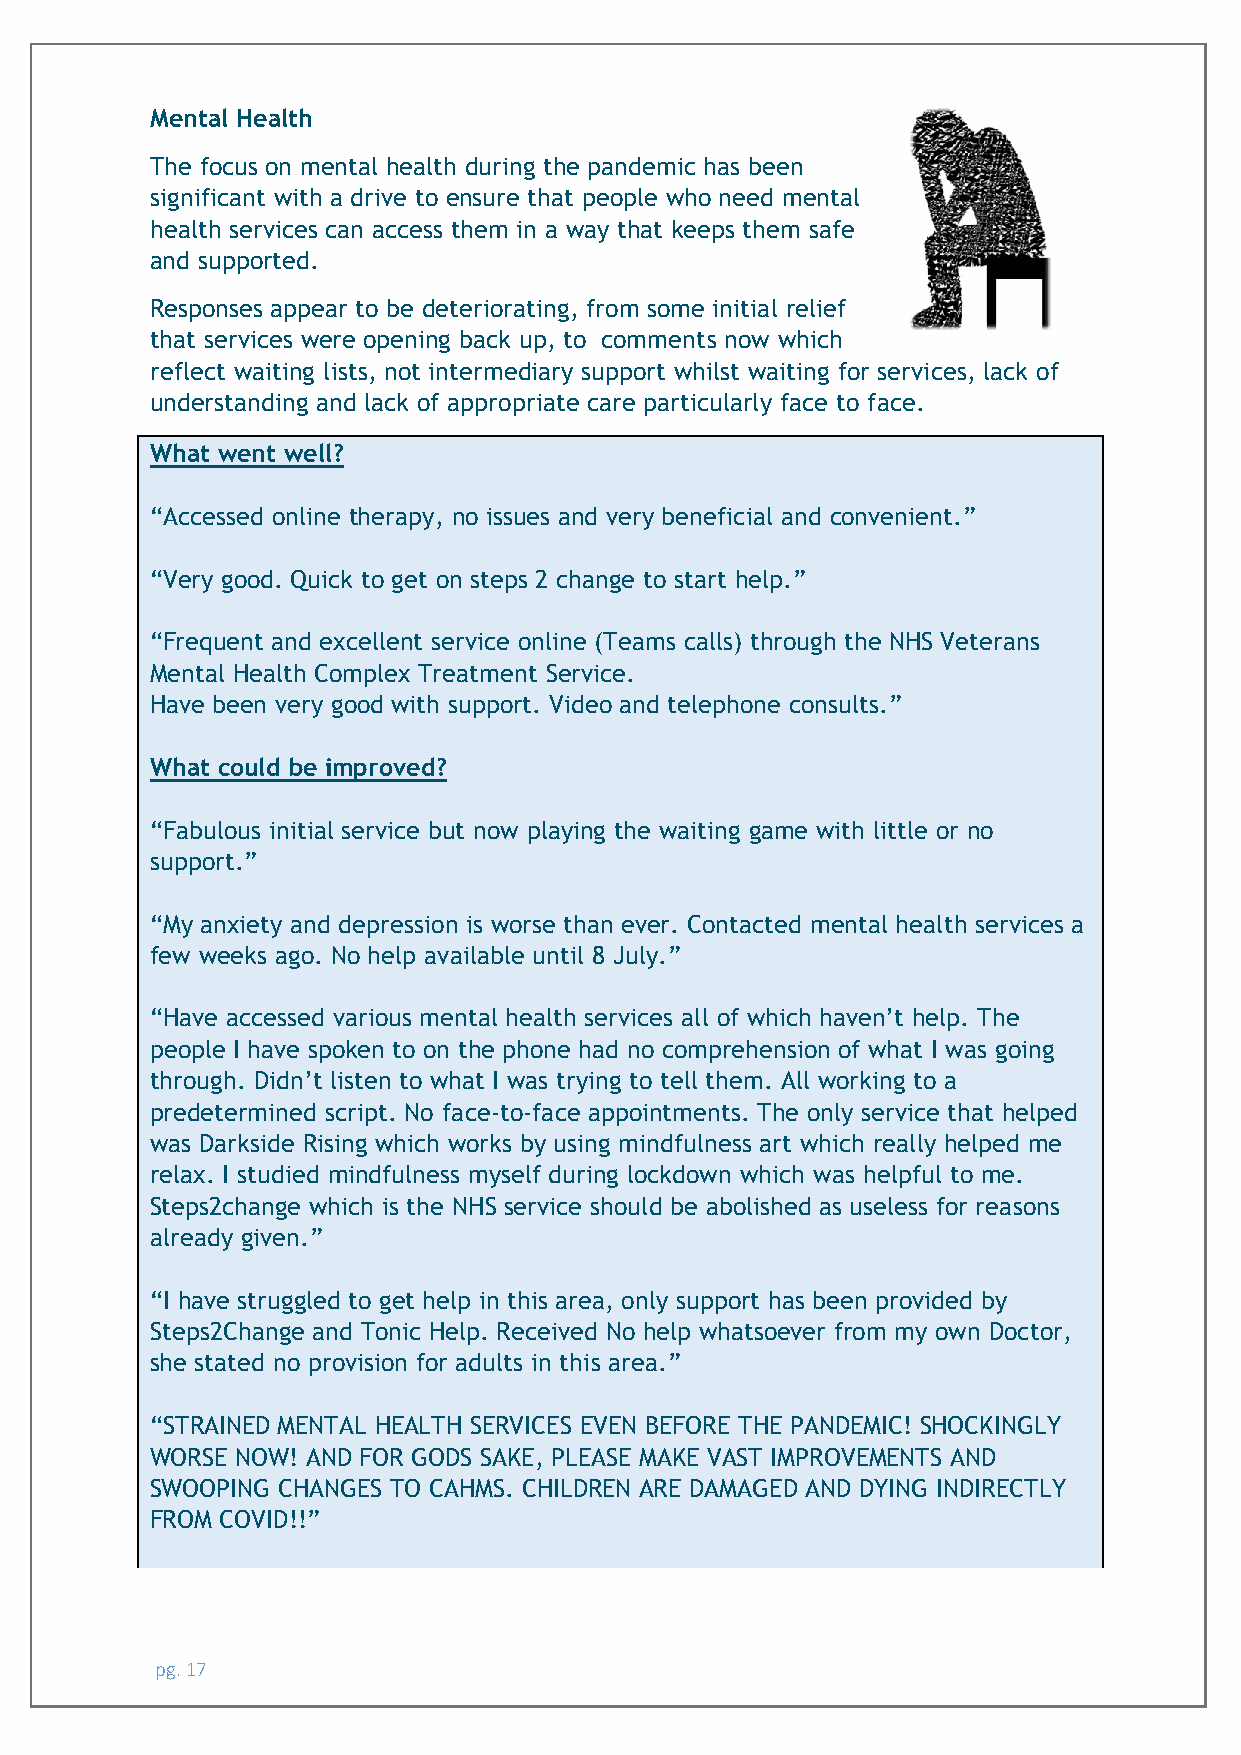
Mental Health
 The focus on mental health during the pandemic has been
 significant with a drive to ensure that people who need mental
 health services can access them in a way that keeps them safe
 and supported.
 Responses appear to be deteriorating, from some initial relief
 that services were opening back up, to comments now which
 reflect waiting lists, not intermediary support whilst waiting for services, lack of
 understanding and lack of appropriate care particularly face to face.
 What went well?
 “Accessed online therapy, no issues and very beneficial and convenient.”
 “Very good. Quick to get on steps 2 change to start help.”
 “Frequent and excellent service online (Teams calls) through the NHS Veterans
 Mental Health Complex Treatment Service.
 Have been very good with support. Video and telephone consults.”
 What could be improved?
 “Fabulous initial service but now playing the waiting game with little or no
 support.”
 “My anxiety and depression is worse than ever. Contacted mental health services a
 few weeks ago. No help available until 8 July.”
 “Have accessed various mental health services all of which haven’t help. The
 people I have spoken to on the phone had no comprehension of what I was going
 through. Didn’t listen to what I was trying to tell them. All working to a
 predetermined script. No face-to-face appointments. The only service that helped
 was Darkside Rising which works by using mindfulness art which really helped me
 relax. I studied mindfulness myself during lockdown which was helpful to me.
 Steps2change which is the NHS service should be abolished as useless for reasons
 already given.”
 “I have struggled to get help in this area, only support has been provided by
 Steps2Change and Tonic Help. Received No help whatsoever from my own Doctor,
 she stated no provision for adults in this area.”
 “STRAINED MENTAL HEALTH SERVICES EVEN BEFORE THE PANDEMIC! SHOCKINGLY
 WORSE NOW! AND FOR GODS SAKE, PLEASE MAKE VAST IMPROVEMENTS AND
 SWOOPING CHANGES TO CAHMS. CHILDREN ARE DAMAGED AND DYING INDIRECTLY
 FROM COVID!!”
 pg. 17